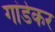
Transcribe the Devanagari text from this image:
गांडेकर